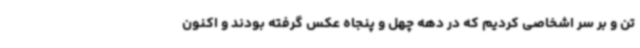
تن و بر سر اشخاصی کردیم که در دهه چهل و پنجاه عکس گرفته بودند و اکنون